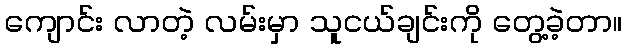
ကျောင်း လာတဲ့ လမ်းမှာ သူငယ်ချင်းကို တွေ့ခဲ့တာ။